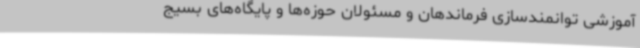
آموزشی توانمندسازی فرماندهان و مسئولان حوزه‌ها و پایگاه‌های بسیج